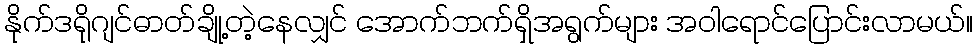
နိုက်ဒရိုဂျင်ဓာတ်ချို့တဲ့နေလျှင် အောက်ဘက်ရှိအရွက်များ အဝါရောင်ပြောင်းလာမယ်။